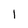
Character: I